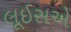
લૂઇસએ